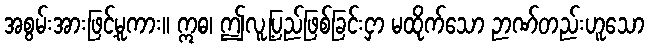
အစွမ်းအားဖြင့်မူကား။ ဣဓ၊ ဤလူ့ပြည်ဖြစ်ခြင်းငှာ မထိုက်သော ဉာဏ်တည်းဟူသော